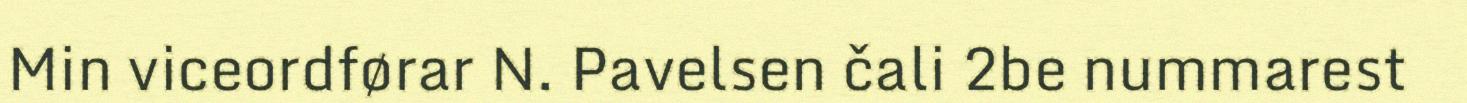
Min viceordførar N. Pavelsen čali 2be nummarest